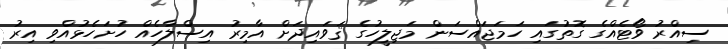
ސިއްރު ވޯޓެއްގެ ގޮތުގައި ހަމަޖައްސަން މަޖިލީހުގެ ޤަވައިދަށް އާމިރު އިސްލާހެއް ހުށަހެޅުއްވި އިރު